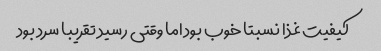
کیفیت غذا نسبتا خوب بود اما وقتی رسید تقریبا سرد بود